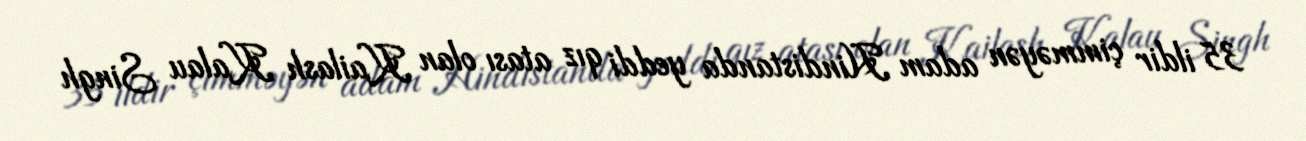
35 ildir çimməyən adam Hindistanda yeddi qız atası olan Kailash Kalau Singh